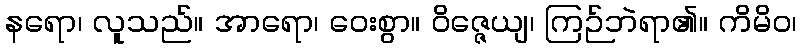
နရော၊ လူသည်။ အာရော၊ ဝေးစွာ။ ဝိဇ္ဇေယျ၊ ကြဉ်ဘဲရာ၏။ ကိမိဝ၊